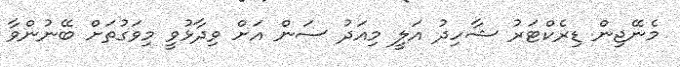
މެނޭޖިން ޑިރެކްޓަރު ޝާހިދު އަލީ މިއަދު ސަން އަށް ވިދާޅުވީ މިވަގުތަށް ބޭނުންވާ